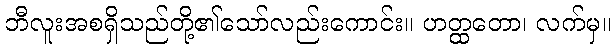
ဘီလူးအစရှိသည်တို့၏သော်လည်းကောင်း။ ဟတ္ထတော၊ လက်မှ။